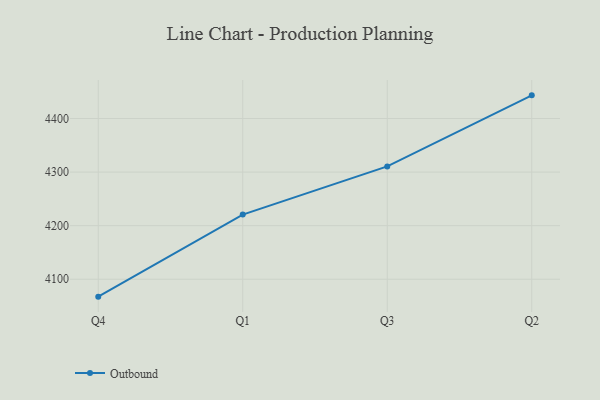
{"axis": {"x": "Quarter", "y": "Temperature (°C)"}, "legend": ["Outbound"], "data": [{"x": "Q4", "y": 4067.5, "type": "Outbound"}, {"x": "Q1", "y": 4220.6, "type": "Outbound"}, {"x": "Q3", "y": 4310.6, "type": "Outbound"}, {"x": "Q2", "y": 4443.2, "type": "Outbound"}]}